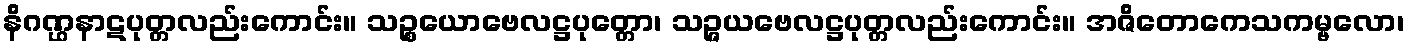
နိဂဏ္ဌနာဋပုတ္တလည်းကောင်း။ သဉ္စယောဗေလဋ္ဌပုတ္တော၊ သဉ္ဇယဗေလဋ္ဌပုတ္တလည်းကောင်း။ အဇိတောကေသကမ္ဗလော၊